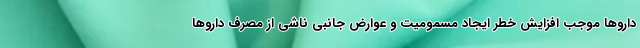
داروها موجب افزایش خطر ایجاد مسمومیت و عوارض جانبی ناشی از مصرف داروها